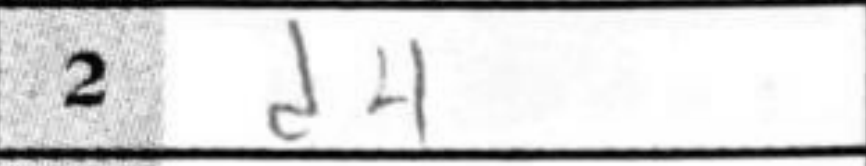
Transcription: d4